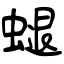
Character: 螁